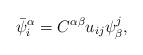
LaTeX: \begin{align*}\bar{\psi}^{\alpha}_i= C^{\alpha \beta}u_{ij}\psi^j_{\beta}, \end{align*}